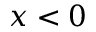
x < 0